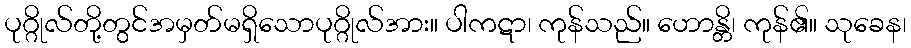
ပုဂ္ဂိုလ်တို့တွင်အမှတ်မရှိသောပုဂ္ဂိုလ်အား။ ပါကဋာ၊ ကုန်သည်။ ဟောန္တိ၊ ကုန်၏။ သုခေန၊